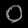
Digit: ၀